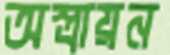
অস্ত্রায়ন